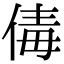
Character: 𠉩